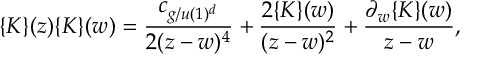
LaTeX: \{ K \} ( z ) \{ K \} ( w ) = { \frac { c _ { g / u ( 1 ) ^ { d } } } { 2 ( z - w ) ^ { 4 } } } + { \frac { 2 \{ K \} ( w ) } { ( z - w ) ^ { 2 } } } + { { \frac { \partial _ { w } \{ K \} ( w ) } { z - w } } } ,